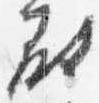
尉